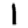
Digit: 1